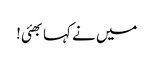
میں نے کہا بھئی!